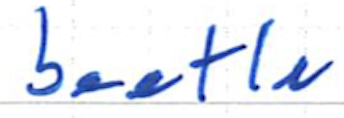
Text: beetle
Cross-out: clean
Writing tool: ballpoint